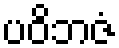
ပဝိဘဇံ